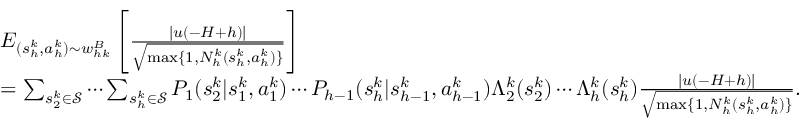
\begin{array} { r l } & { E _ { ( s _ { h } ^ { k } , a _ { h } ^ { k } ) \sim w _ { h k } ^ { B } } \left[ \frac { \vert u ( - H + h ) \vert } { \sqrt { \operatorname* { m a x } \{ 1 , N _ { h } ^ { k } ( s _ { h } ^ { k } , a _ { h } ^ { k } ) \} } } \right] } \\ & { = \sum _ { s _ { 2 } ^ { k } \in \mathcal { S } } \cdots \sum _ { s _ { h } ^ { k } \in \mathcal { S } } P _ { 1 } ( s _ { 2 } ^ { k } \vert s _ { 1 } ^ { k } , a _ { 1 } ^ { k } ) \cdots P _ { h - 1 } ( s _ { h } ^ { k } \vert s _ { h - 1 } ^ { k } , a _ { h - 1 } ^ { k } ) \Lambda _ { 2 } ^ { k } ( s _ { 2 } ^ { k } ) \cdots \Lambda _ { h } ^ { k } ( s _ { h } ^ { k } ) \frac { \vert u ( - H + h ) \vert } { \sqrt { \operatorname* { m a x } \{ 1 , N _ { h } ^ { k } ( s _ { h } ^ { k } , a _ { h } ^ { k } ) \} } } . } \end{array}